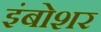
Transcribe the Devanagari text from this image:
इंबोशर